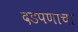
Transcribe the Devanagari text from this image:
दडपणाचा